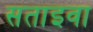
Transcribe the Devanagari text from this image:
सताइवा